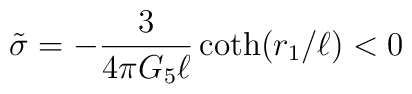
\tilde\sigma= -{3\over 4\pi G_5\ell}\coth(r_1/\ell) < 0